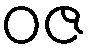
ဝဇ